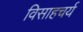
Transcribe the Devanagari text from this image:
विसाहचर्य